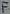
Text: F